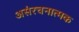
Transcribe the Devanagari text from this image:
असंरचनात्मक